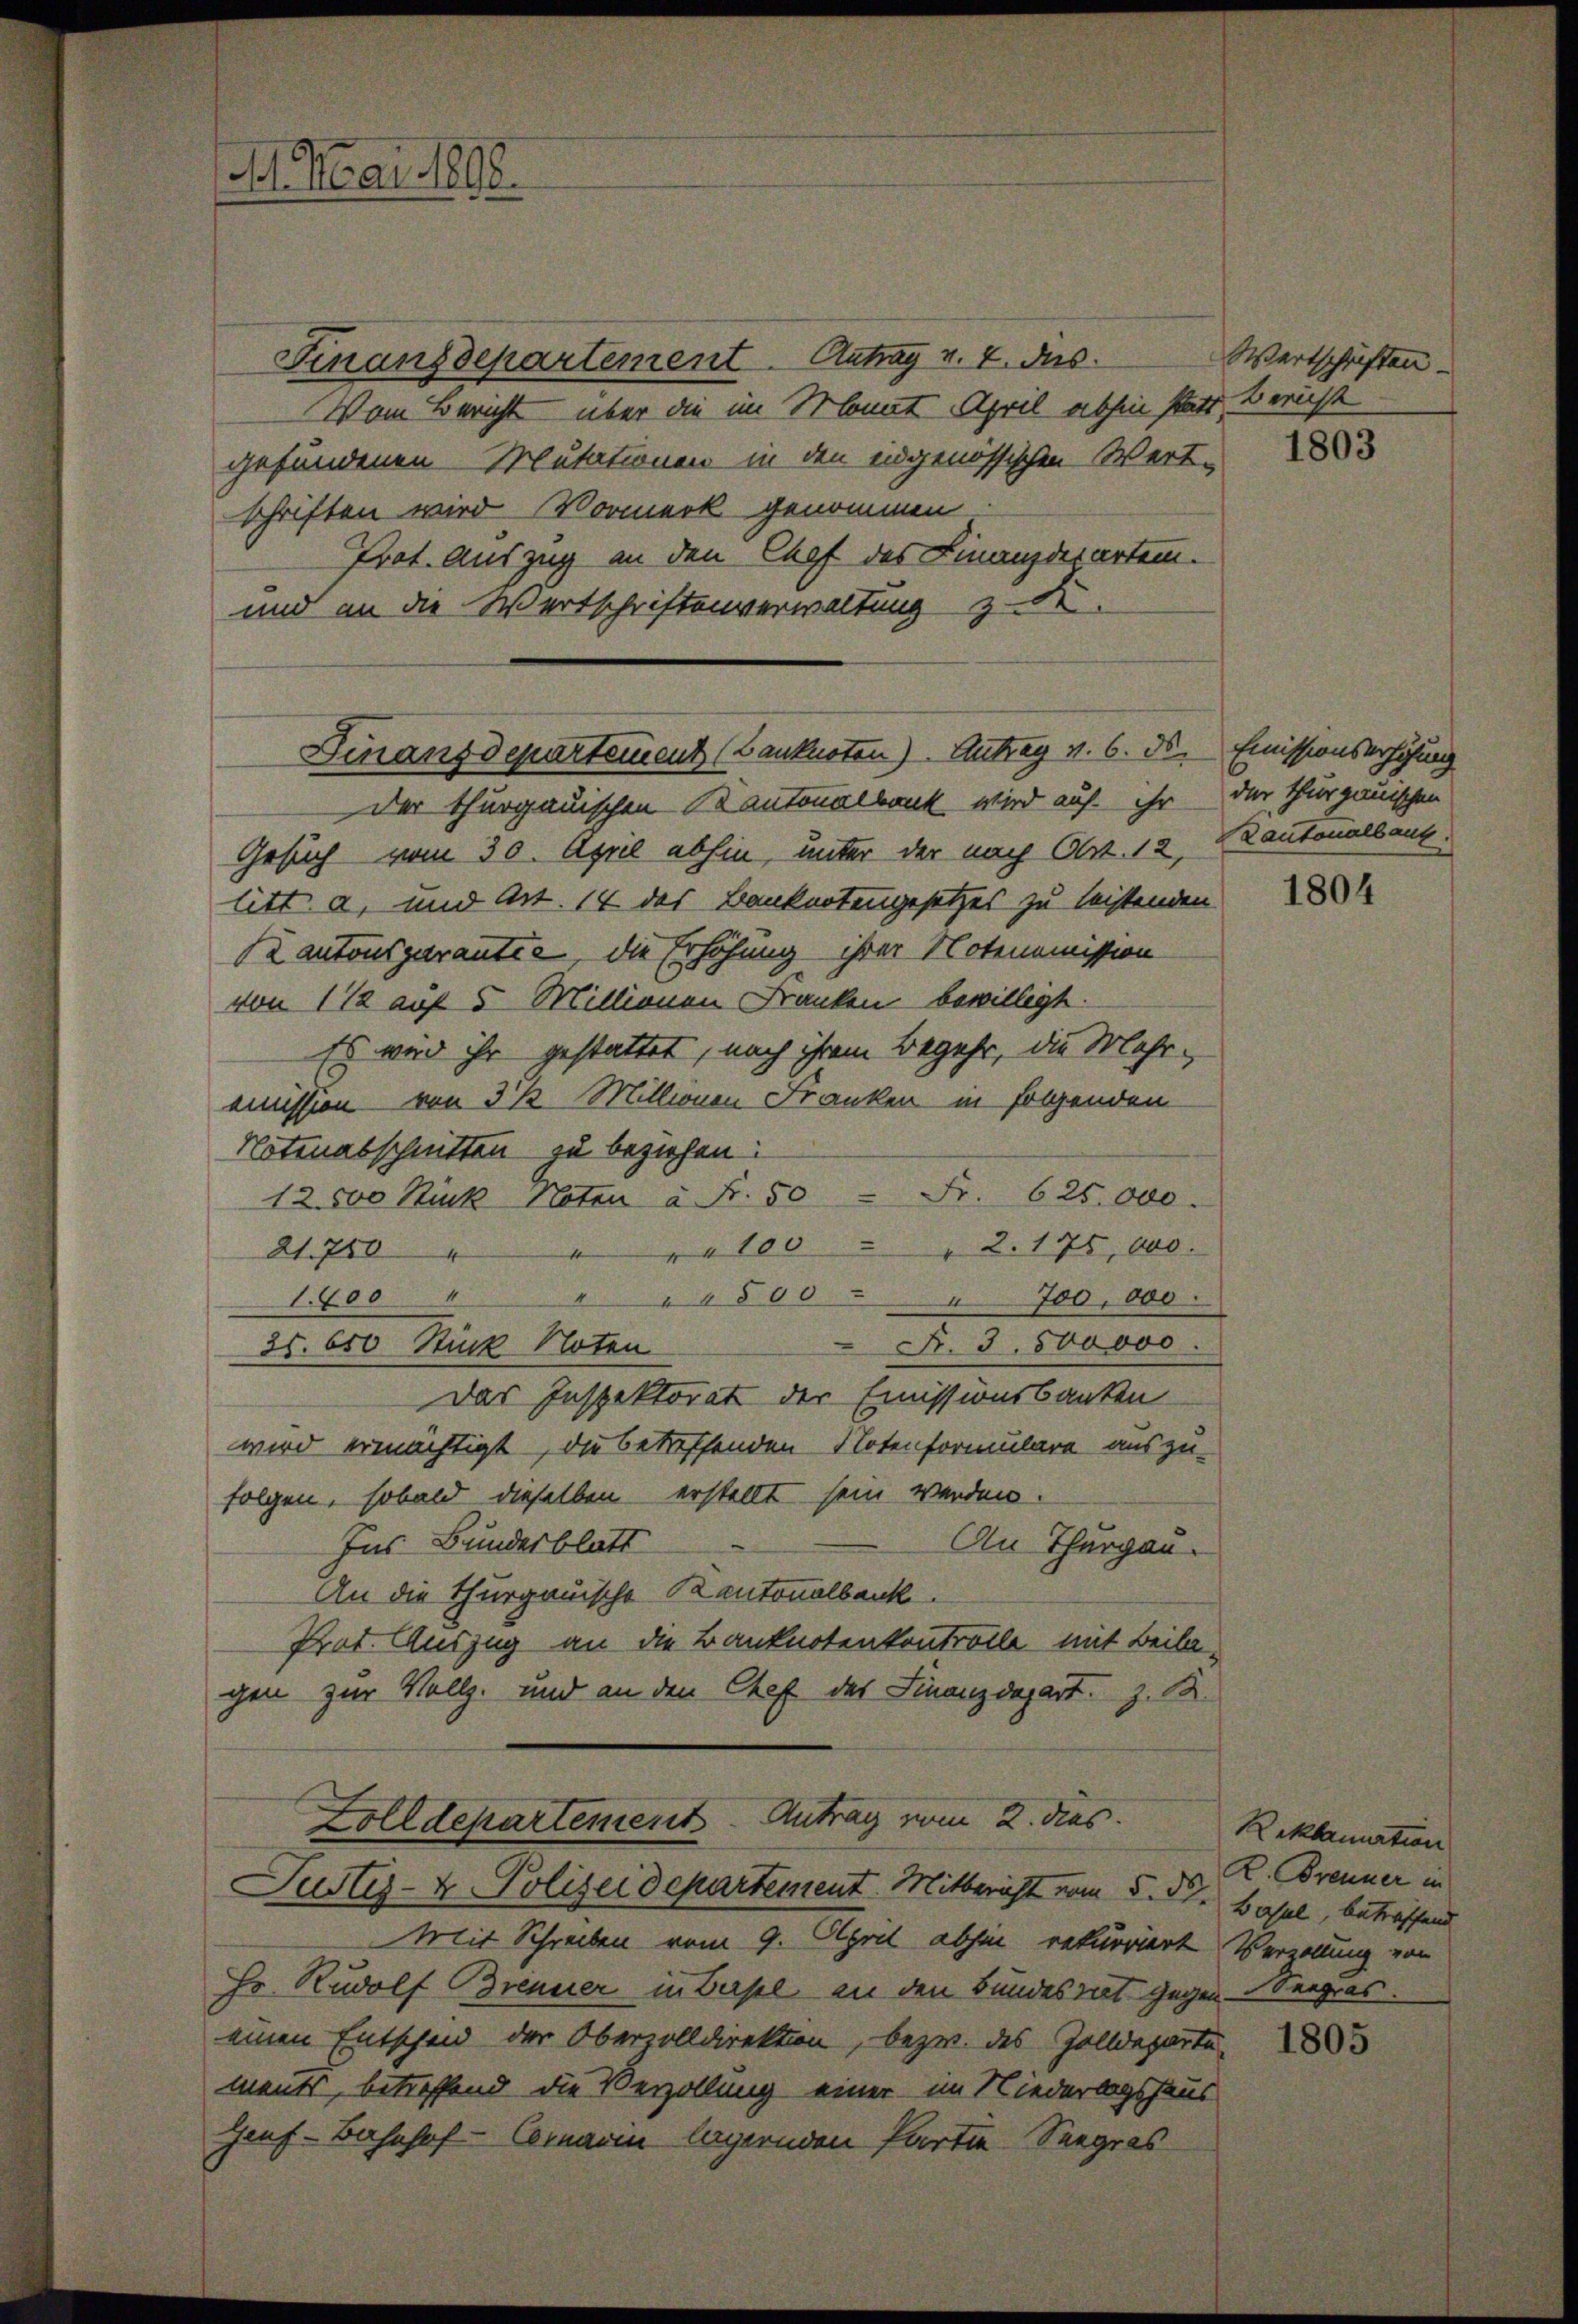
11. Mai 1898.

Finanzdepartement. Antrag v. 4. Jus
Vom Bericht über die im Monat April abhin statt Bericht
gefundenen Mutationen in den ingenössischen Wert-
schriften wird Vormerk genommen.
Prot. Auszug an den Chef des Finanzdepartem.
und an die Wertschriftenverwaltung zu de

Finanzdepartement (Lanknoten) Antrag v. 6. ds.

Wertschriften.
1803

der thurgauischen Kantonalbank wird auf ihr
Gesuch vom 30. April abhin, unter der nach Ott. 12, Kantonalbaut.
litt. a, und Art. 14 des Banknotengesetzes zu leistenden
Kantonsgarantie, die Erhöhung ihrer Notenomission
von 112 auf 5 Millionen Franken bewilligt.
Es wird ihr gestattet, nach ihrem Begehr, die Mehrmmission von 3 ½ Millionen Franken in folgenden
Notenabschnitten zu beziehen:
12,500 Stück Noten à Fr. 50 Fr. 625.000.
21. 750 " " " " 100 " " 2. 175,000.
1.600
" " " 800 " " 700,000
R. 3. 500000.
35. 650 Stück Noten
Das Inspektorat der Emissionsbanken
wird ermächtigt, die betreffenden Notenformulare auszu-
folgen, sobald dieselben erstellt sein werden.
Ins Bundesblatt
An Thurgau.
An die thurgauische Kantonalbank.
Prot. Auszug an die Banknotenkontrolle mit Beila-
gen zur Vollz. und an den Chef des Finanzdepart z. B.
Zolldepartement Antrag vom 2. dies
Justiz- & Polizeidepartement. Mitbericht vom 5. d.
Mit Schreiben vom 9. April abhin rekurriert Verzollung von
Hr. Rudolf Brenner in Basel an den Bundesrat gegen Seegras.
einen Entschend der Obervolldirektion, bezw. des Zolldeparte-
ments, betreffend die Verzollung einer im Niederlagshaus
Heuf-Bahnhof-Commarin lägernden Partie Seegras

Emissionserhöhung
der Thurgauischen

1804

Reklamation
R. Brenner in
Basel, betreffend

1805